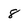
Character: 8